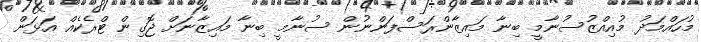
މުހައްމަދު މުއިއްޒުސުނާމީ ބިނާ މައިޒާންރަސްފަންނުން ސުނާމީ ބިނާ މައިޒާނަށް ޖޮގިން ޓްރެކެއް އަޅަން